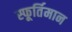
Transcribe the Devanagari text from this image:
स्फूर्तिमान